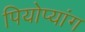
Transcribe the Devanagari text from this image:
पियोप्यांग